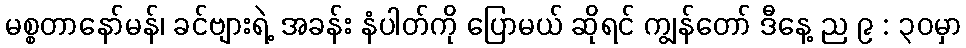
မစ္စတာနော်မန်၊ ခင်ဗျားရဲ့ အခန်း နံပါတ်ကို ပြောမယ် ဆိုရင် ကျွန်တော် ဒီနေ့ ည ၉ : ၃၀မှာ